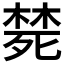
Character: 𭮜